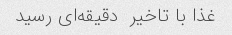
غذا با تاخیر  دقیقه‌ای رسید